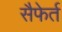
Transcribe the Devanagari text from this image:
सैफेर्त